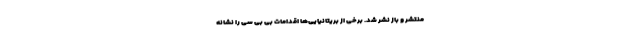
منتشر و باز نشر شد. برخی از بریتانیایی‌ها اقدامات بی بی سی را نشانه